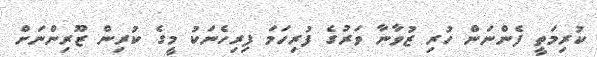
ކުރިމަތީ ފެންނަން ހުރި ޒުވާނާ ވަރުގެ ފުރިހަމަ ފިރިހެނަކު މީގެ ކުރިން ޒޫރިންނަށް